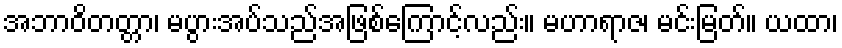
အဘာဝိတတ္တာ၊ မပွားအပ်သည်အဖြစ်ကြောင့်လည်း။ မဟာရာဇ၊ မင်းမြတ်။ ယထာ၊